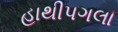
હાથીપગલા